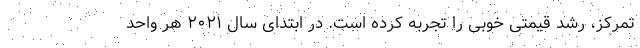
تمرکز، رشد قیمتی خوبی را تجربه کرده است. در ابتدای سال ۲۰۲۱ هر واحد